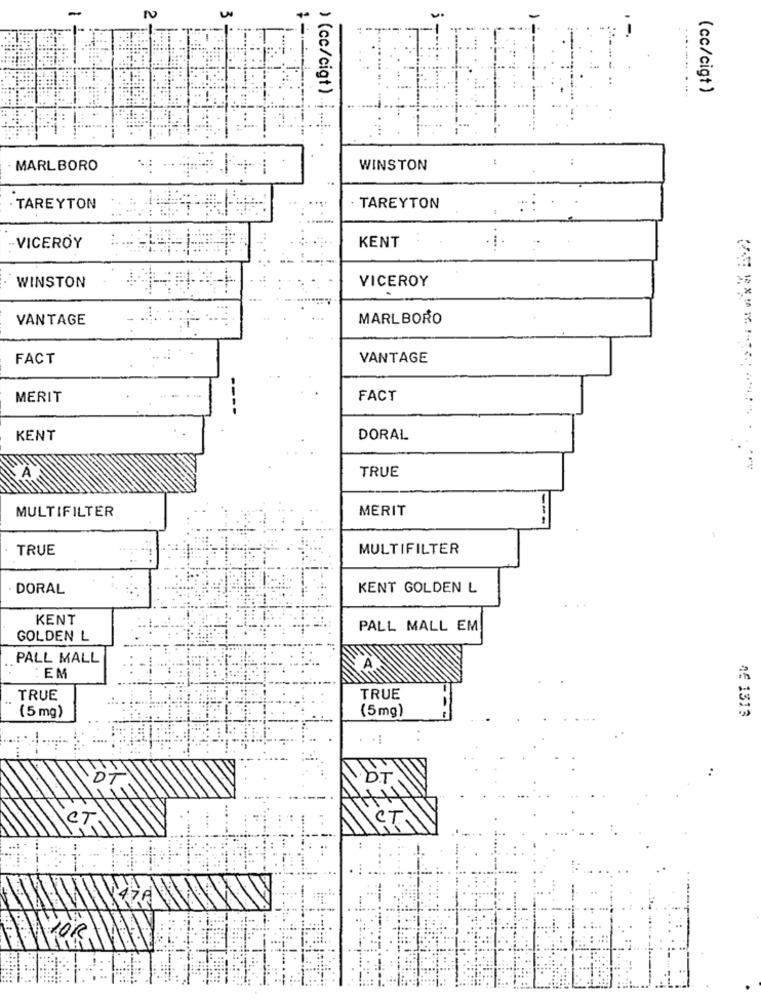
N
W
) (cc/cigt)
(cc/cigt )
MARLBORO
WINSTON
· TAREYTON
TAREYTON
-
KENT
-VICEROY
VICEROY
WINSTON
VANTAGE
MARLBORO
FACT
VANTAGE
MERIT
FACT
----
KENT
DORAL
TRUE
MULTIFILTER
MERIT
TRUE
MULTIFILTER
DORAL
KENT GOLDEN L
KENT
PALL MALL EM
GOLDEN L
PALL MALL
: EM
..
TRUE
TRUE
(5 mg)
(5mg)
1€ 1313
WOR